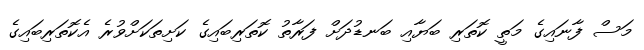
މަސް ފާނައިގެ މަތީ ކޮތަރި ބަޔާއި ބަނޑުދަށް ފަރާތު ކޮތަރިބައިގެ ކަށިތަކަށްވުރެ އެކޮތަރިބައިގެ